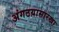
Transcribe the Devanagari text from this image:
अंगठय़ासारखा